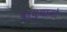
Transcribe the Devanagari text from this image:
वायुयानो